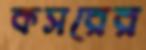
কসরের